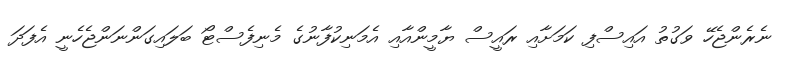
ނެރެންޖެހޭ ވަގުތު އައިސްފި ކަމަށާއި ރައީސް ޔާމީންއާއި އެމަނިކުފާނުގެ މެނިފެސްޓޯ ބަލައިގަންނަންޖެހެނީ އެފަދަ